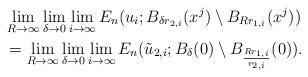
LaTeX: \begin{align*} &\lim_{R \to \infty} \lim_{\delta \to 0} \lim_{i \to \infty} E_n(u_i; B_{ \delta r_{2,i}}(x^j) \setminus B_{Rr_{1,i}}(x^j))\\ &=\lim_{R \to \infty} \lim_{\delta \to 0} \lim_{i \to \infty}E_n(\tilde u_{2,i}; B_{\delta}(0) \setminus B_{\frac {Rr_{1,i}}{r_{2,i}}}(0)). \end{align*}